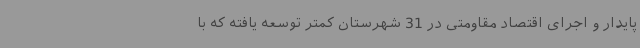
پایدار و اجرای اقتصاد مقاومتی در 31 شهرستان کمتر توسعه یافته که با